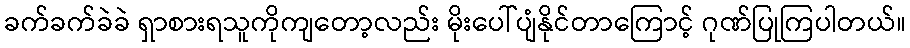
ခက်ခက်ခဲခဲ ရှာစားရသူကိုကျတော့လည်း မိုးပေါ်ပျံနိုင်တာကြောင့် ဂုဏ်ပြုကြပါတယ်။